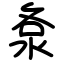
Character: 洜